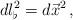
LaTeX: \begin{align*}dl_{\flat}^{2}=d\vec{x}^{2}\, ,\end{align*}